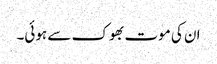
ان کی موت بھوک سے ہوئی۔